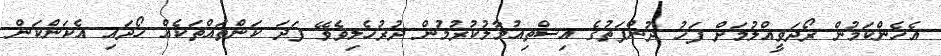
އެހެންކަމުން ރޯދަވީއްލުމަށް ފަހު ދުންފަތުގެ އިސްތިއުމާލުކުރުމުން ދުރުހެލިވެވޭ ފަދަ ކަންތައްތަކެއް ހޯދައި އެކަންކަން